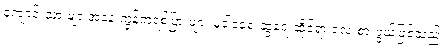
ကျောင်းသားများအနေ ကွန်ကရစ်ပြားများ မူဝါဒရေးဆွဲရေးဆိုင်ရာ လေးစားဖွယ်ဖြစ်သည်